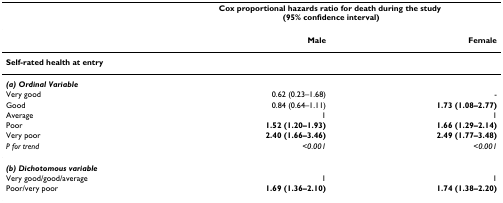
<table><thead><tr><td></td><td colspan="2"><b>Cox proportional hazards ratio for death during the study (95% confidence interval)</b></td></tr></thead><tbody><tr><td></td><td><b>Male</b></td><td><b>Female</b></td></tr><tr><td><b>Self-rated health at entry</b></td><td></td><td></td></tr><tr><td><b><i>(a) Ordinal Variable</i></b></td><td></td><td></td></tr><tr><td>Very good</td><td>0.62 (0.23–1.68)</td><td>-</td></tr><tr><td>Good</td><td>0.84 (0.64–1.11)</td><td><b>1.73 (1.08–2.77)</b></td></tr><tr><td>Average</td><td>1</td><td>1</td></tr><tr><td>Poor</td><td><b>1.52 (1.20–1.93)</b></td><td><b>1.66 (1.29–2.14)</b></td></tr><tr><td>Very poor</td><td><b>2.40 (1.66–3.46)</b></td><td><b>2.49 (1.77–3.48)</b></td></tr><tr><td><i>P for trend</i></td><td><i>&lt;0.001</i></td><td><i>&lt;0.001</i></td></tr><tr><td><b><i>(b) Dichotomous variable</i></b></td><td></td><td></td></tr><tr><td>Very good/good/average</td><td>1</td><td>1</td></tr><tr><td>Poor/very poor</td><td><b>1.69 (1.36–2.10)</b></td><td><b>1.74 (1.38–2.20)</b></td></tr></tbody></table>